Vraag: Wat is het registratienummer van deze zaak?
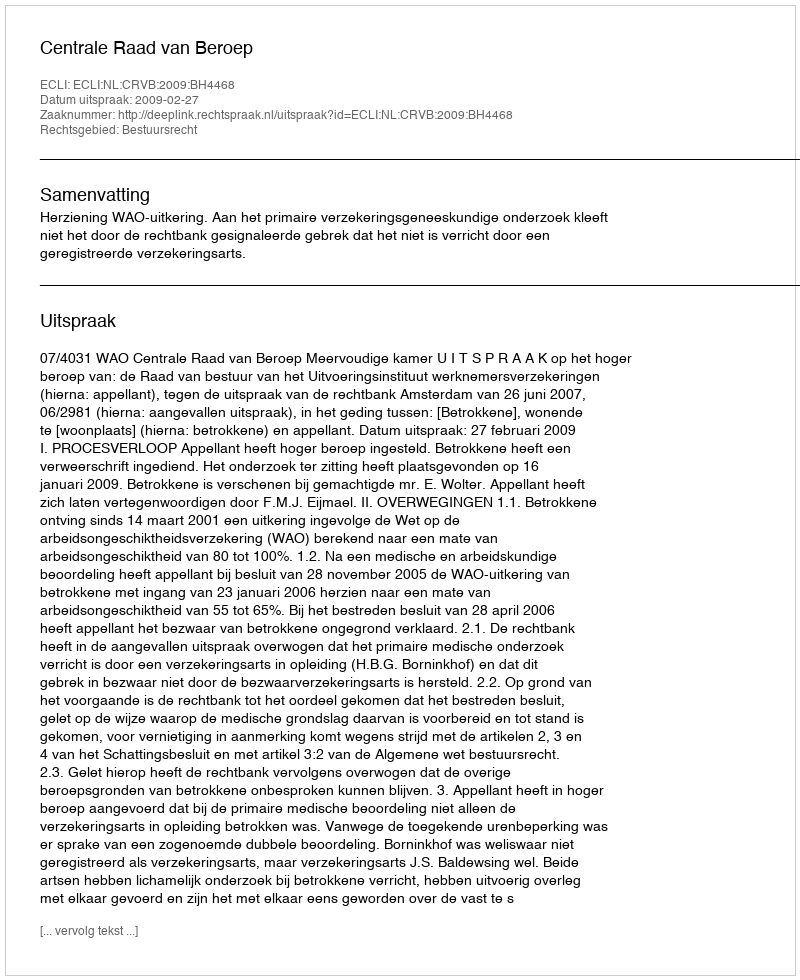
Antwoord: http://deeplink.rechtspraak.nl/uitspraak?id=ECLI:NL:CRVB:2009:BH4468